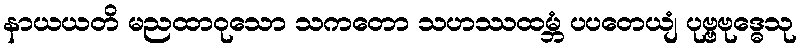
နာယယတိ မညထာဝုသော သကတော သဟဿထမ္ဘံ ပပတေယျံ ပုဗ္ဗဗုဒ္ဓေသု